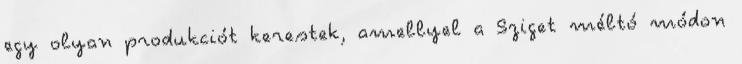
egy olyan produkciót kerestek, amellyel a Sziget méltó módon